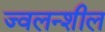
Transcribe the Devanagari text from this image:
ज्वलन्शील